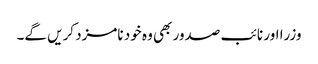
وزرا اور نائب صدور بھی وہ خود نامزد کریں گے۔